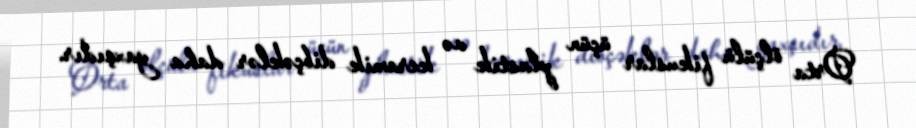
Orta ölçülü fikuslar üçün plastik və keramik dibçəklər daha yaxşıdır.